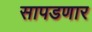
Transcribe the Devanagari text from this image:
सापडणार